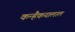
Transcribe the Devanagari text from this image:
कन्हैकयालाल